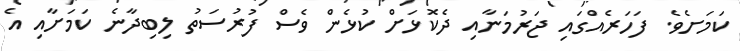
ކަމަށެވެ. ފަހަރެއްގައި ޖަރުމަނާއި ދެކޮޅަށް ކުޅެން ވެސް ފުރުސަތު ލިބިދާނެ ކަމަށާއި އެ